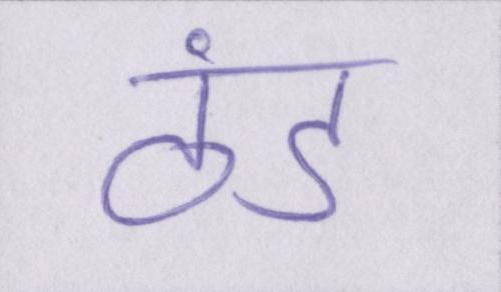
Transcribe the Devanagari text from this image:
ठंड